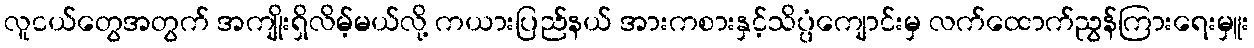
လူငယ်တွေအတွက် အကျိုးရှိလိမ့်မယ်လို့ ကယားပြည်နယ် အားကစားနှင့်သိပ္ပံကျောင်းမှ လက်ထောက်ညွန်ကြားရေးမှူး